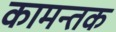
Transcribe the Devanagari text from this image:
कामन्तक